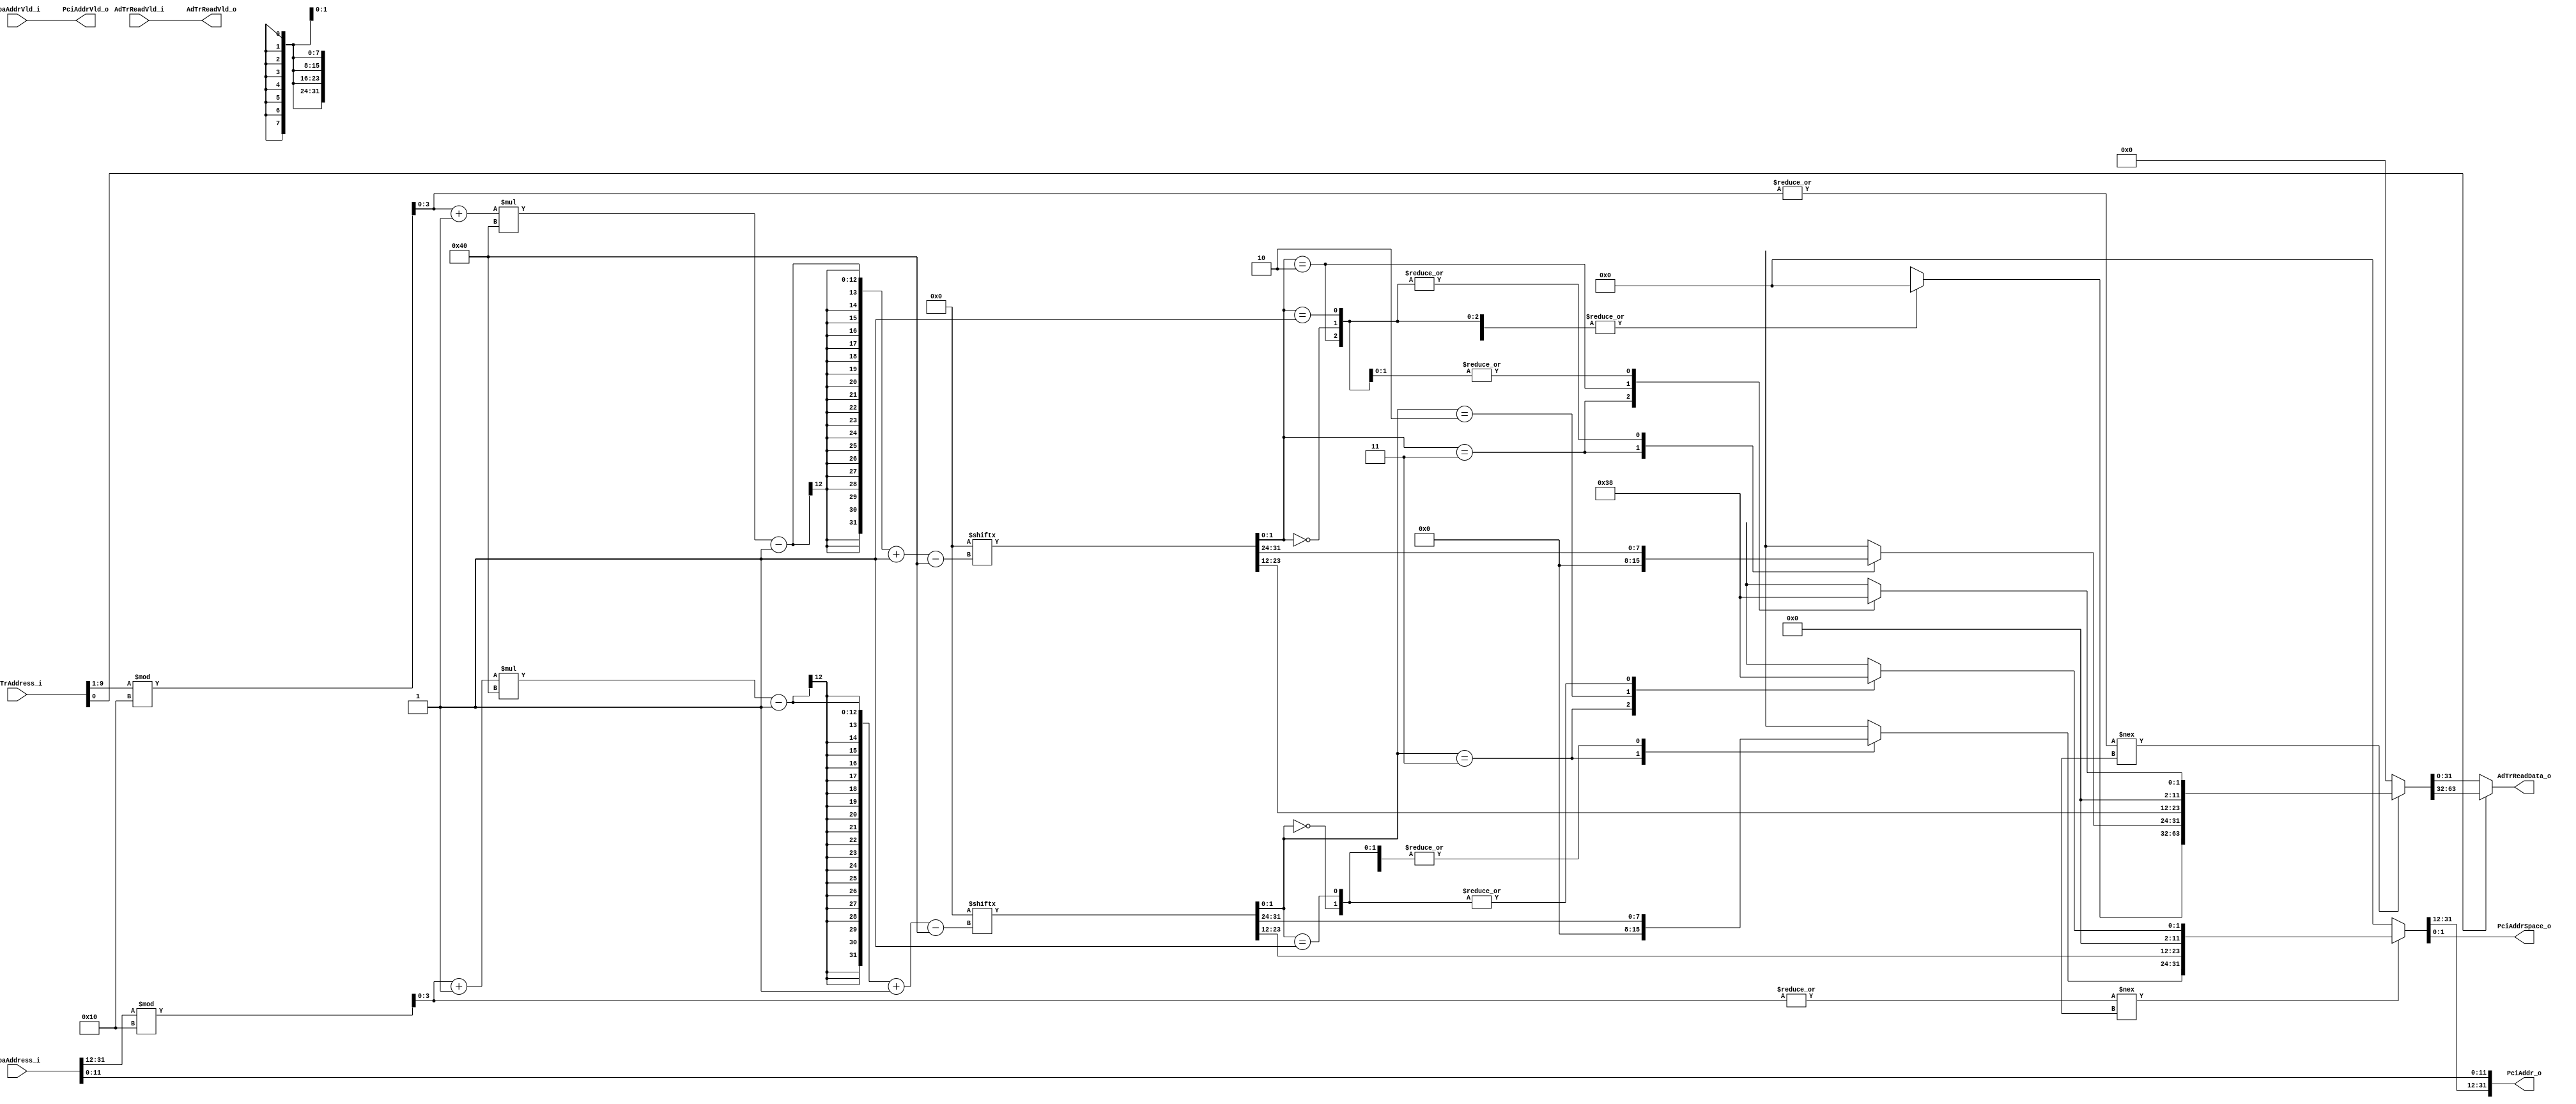
// (C) 2001-2019 Intel Corporation. All rights reserved.
// Your use of Intel Corporation's design tools, logic functions and other 
// software and tools, and its AMPP partner logic functions, and any output 
// files from any of the foregoing (including device programming or simulation 
// files), and any associated documentation or information are expressly subject 
// to the terms and conditions of the Intel Program License Subscription 
// Agreement, Intel FPGA IP License Agreement, or other applicable 
// license agreement, including, without limitation, that your use is for the 
// sole purpose of programming logic devices manufactured by Intel and sold by 
// Intel or its authorized distributors.  Please refer to the applicable 
// agreement for further details.


// synthesis translate_off
`timescale 1ns / 1ps
// synthesis translate_on
////////////////////////////////////////////////////////////////////////////////
////////////////////////////////////////////////////////////////////////////////
//      Logic Core:  PCI/Avalon Bridge Megacore Function
//         Company:  Altera Corporation.
//                       www.altera.com 
//
//     Description:  Avalon to PCI Fixed Address Translation Table   
// 
// Copyright (c) 2004 Altera Corporation. All rights reserved.  This source code
// is highly confidential and proprietary information of Altera and is being
// provided in accordance with and subject to the protections of a
// Non-Disclosure Agreement which governs its use and disclosure.  Altera
// products and services are protected under numerous U.S. and foreign patents,
// maskwork rights, copyrights and other intellectual property laws.  Altera
// assumes no responsibility or liability arising out of the application or use
// of this source code.
// 
// For Best Viewing Set tab stops to 4 spaces.
//
// $Id: //acds/main/ip/pci_express/src/rtl/lib/avalon/altpciexpav_a2p_fixtrans.v#5 $
//
////////////////////////////////////////////////////////////////////////////////
////////////////////////////////////////////////////////////////////////////////

module altpciexpav_stif_a2p_fixtrans
  #(parameter CB_A2P_ADDR_MAP_NUM_ENTRIES = 16 ,
    parameter CB_A2P_ADDR_MAP_PASS_THRU_BITS = 12 ,
    parameter CG_AVALON_S_ADDR_WIDTH = 32 ,
    parameter CG_PCI_ADDR_WIDTH = 32 ,
    parameter [1023:0] CB_A2P_ADDR_MAP_FIXED_TABLE = 0 
    )
  (
   input [CG_AVALON_S_ADDR_WIDTH-1:0] PbaAddress_i,   // Must be a byte address
   input                              PbaAddrVld_i,   // Valid indication in 
   output reg [CG_PCI_ADDR_WIDTH-1:0] PciAddr_o,      // Is a byte address
   output reg [1:0]                   PciAddrSpace_o,   // DAC Needed 
   output reg                         PciAddrVld_o,   // Valid out (piped)
   input [11:2]                       AdTrAddress_i,  // Is a (DWORD) address 
   input                              AdTrReadVld_i,  // Read Valid in
   output reg [31:0]                  AdTrReadData_o, // DWORD specific
   output reg                         AdTrReadVld_o   // Read Valid out (piped) 
   ) ;
   
   reg [3:0]                           table_index ;
   reg [3:0]                          entry_index;                            
   reg [63:0]                         table_addr ;
   reg [63:0]                         table_read ;

   // Address space definitions
   localparam [1:0] ADSP_CONFIG = 2'b11 ;
   localparam [1:0] ADSP_IO =     2'b10 ;
   localparam [1:0] ADSP_MEM64 =  2'b01 ;
   localparam [1:0] ADSP_MEM32 =  2'b00 ;

   // This function ensures that the selected table entry is formatted
   // correctly. It performs the following basic functions:
   // case (fixed_map_table address space) 
   //   Config : zero upper 40 bits
   //   IO     : zero upper 32 bits
   //   Memory :
   //      if 32bit PCI Addressing, Zero upper 32-bits    
   //      if >32bit PCI Addressing, Zero upper n-bits
   function [63:0] validate_entry ;
      input [3:0] index ;
      reg [63:0] valid_entry ;
      reg [63:0] table_entry ;
      begin
         if ((|index) !== 1'bX)
           begin
              valid_entry = 64'h0000000000000000 ;
              table_entry = CB_A2P_ADDR_MAP_FIXED_TABLE[(((index+1)*64)-1)-:64] ;
              valid_entry[(CG_PCI_ADDR_WIDTH-1):CB_A2P_ADDR_MAP_PASS_THRU_BITS]
                = table_entry[(CG_PCI_ADDR_WIDTH-1):CB_A2P_ADDR_MAP_PASS_THRU_BITS] ;
              case (table_entry[1:0])
                ADSP_CONFIG : // Config space (Upper 40 bits zero)
                  begin
                     valid_entry[1:0]   = ADSP_CONFIG ;
                     valid_entry[63:24] = 40'h0000000000 ;
                  end
                ADSP_IO : // I/O space (Upper 32 bits zero)
                  begin
                     valid_entry[1:0]   = ADSP_IO ;
                     valid_entry[63:32] = 32'h00000000 ;
                  end
                ADSP_MEM64, ADSP_MEM32 :
                  begin
                     if (CG_PCI_ADDR_WIDTH > 32)
                       begin
                          // In 64-bit mode, calculate the correct space
                          if (|valid_entry[63:32] == 1'b1)
                            valid_entry[1:0]   = ADSP_MEM64 ;
                          else
                            valid_entry[1:0]   = ADSP_MEM32 ;
                          // synthesis translate_off
                          if  ( (valid_entry[1:0] == ADSP_MEM64) && (table_entry[1:0] != ADSP_MEM64) )
                          $display("WARNING: CB_A2P_ADDR_MAP_FIXED_TABLE specified 32 bit memory space, but upper bits were non zero, assuming 64 bit memory space") ;
                          else if  ( (valid_entry[1:0] == ADSP_MEM32) && (table_entry[1:0] != ADSP_MEM32) )
                          $display("WARNING: CB_A2P_ADDR_MAP_FIXED_TABLE specified 64 bit memory space, but upper bits were zero, assuming 32 bit memory space") ;
                          // synthesis translate_on
                       end
                     else
                       begin
                          // In 32-bit mode, force 32-bit space
                          valid_entry[1:0]   = ADSP_MEM32 ;
                          valid_entry[63:32] = 32'h00000000 ;
                          // synthesis translate_off
                          if (table_entry[0] == 1'b1)
                          $display("WARNING: CB_A2P_ADDR_MAP_FIXED_TABLE specified 64 bit memory space, but CG_PCI_ADDR_WIDTH is 32 bits, forcing 32 bit memory space") ;
                          // synthesis translate_on
                       end // else: !if(CG_PCI_ADDR_WIDTH > 32)
                  end // case: 2'b00, 2'b01
                default :
                  begin
                  	 valid_entry[63:32] = 32'h00000000 ;
                     // synthesis translate_off
                     $display("ERROR: MetaCharacters in Address Space (bits[1:0]) field of CB_A2P_ADDR_MAP_FIXED_TABLE") ;
                     $stop ;
                     // synthesis translate_on
                  end
              endcase // case(table_entry[1:0])
              validate_entry = valid_entry ;
           end // if (|index != 1'bx)
         else
           begin
              validate_entry = {64{1'b0}} ;
           end // else: !if(|index != 1'bx)
      end 
   endfunction // validate_table

   // Need a temp parameter to get around fatal sim errors that occur when there is only
   // 1 table entry and  CG_AVALON_S_ADDR_WIDTH  is equal to CB_A2P_ADDR_MAP_PASS_THRU_BITS
   localparam TABLE_INDEX_LSB = (CG_AVALON_S_ADDR_WIDTH > CB_A2P_ADDR_MAP_PASS_THRU_BITS) ?
                                CB_A2P_ADDR_MAP_PASS_THRU_BITS : CG_AVALON_S_ADDR_WIDTH-1 ;

   // This section of the code uses the upper bits of the Avalon address input
   // to select an entry from the fixed mapping table. The upper bits from the 
   // mapping table are combined with the lower bits of the Avalon address to 
   // form the PCI Address output.   
   always @(PbaAddress_i or PbaAddrVld_i)
     begin
         table_index = PbaAddress_i[CG_AVALON_S_ADDR_WIDTH-1:
                                   TABLE_INDEX_LSB] % 
                      CB_A2P_ADDR_MAP_NUM_ENTRIES ;
        table_addr = validate_entry(table_index) ;
        PciAddrSpace_o = table_addr[1:0] ;
        table_addr[CB_A2P_ADDR_MAP_PASS_THRU_BITS-1:0] 
          = PbaAddress_i[CB_A2P_ADDR_MAP_PASS_THRU_BITS-1:0] ;
        PciAddr_o  = table_addr[CG_PCI_ADDR_WIDTH-1:0] ;
        PciAddrVld_o = PbaAddrVld_i ;
     end // always @ (PbaAddress_i or PbaAddrVld_i)

   // This section selects a 32-bit section of the fixed mapping table to
   // be used as a possible read back for the Control Register Access port
   
   always @*
    begin
    	 entry_index = ((AdTrAddress_i >> 1) % 
                           CB_A2P_ADDR_MAP_NUM_ENTRIES) ;
    end
     
   always @*
     begin
        table_read 
          = validate_entry(entry_index) ;
        if (AdTrAddress_i[2] == 1'b1)
          AdTrReadData_o = table_read[63:32] ;
        else
          AdTrReadData_o = table_read[31:0] ;
        AdTrReadVld_o = AdTrReadVld_i ; 
     end

endmodule // altpciav_a2p_fixtrans